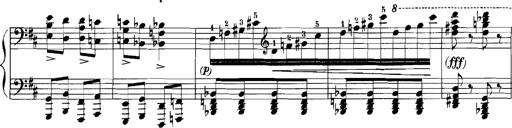
Title: Rhapsodies hongroises
Composer: Franz Liszt